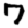
Digit: 7